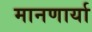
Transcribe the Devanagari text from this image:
मानणार्या